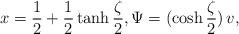
LaTeX: \begin{align*}x = \frac{1}{2} + \frac{1}{2}\tanh{\frac\zeta2}, \Psi=(\cosh\frac\zeta2)\, v, \end{align*}